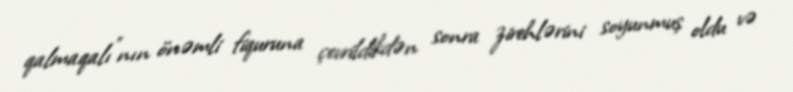
qalmaqalı”nın önəmli fiquruna çevrildikdən sonra zirehlərini soyunmuş oldu və